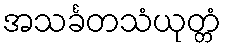
အသင်္ခတသံယုတ္တံ